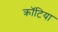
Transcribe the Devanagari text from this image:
क्रॉटिया